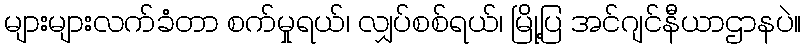
များများလက်ခံတာ စက်မှုရယ်၊ လျှပ်စစ်ရယ်၊ မြို့ပြ အင်ဂျင်နီယာဌာနပဲ။